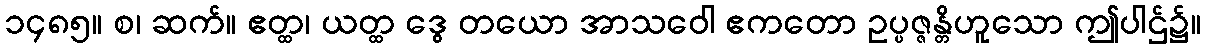
၁၄၈၅။ စ၊ ဆက်။ ဧတ္ထ၊ ယတ္ထ ဒွေ တယော အာသဝေါ ဧကတော ဥပ္ပဇ္ဇန္တိဟူသော ဤပါဌ်၌။